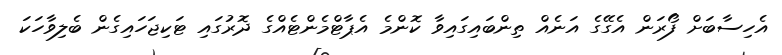
އެހިސާބަށް ފޯރަން އެގޭގެ އަނެއް ތިންބައިގައިވާ ކޮންމެ އެޕާޓްމެންޓެއްގެ ދޮރުގައި ޓަކިޖަހައިގެން ބެލިވާހަކަ